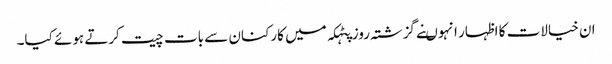
ان خیالات کا اظہار انہوںنے گزشتہ روز پٹہکہ میں کارکنان سے بات چیت کرتے ہوئے کیا۔